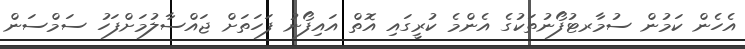
އެހެން ކަމުން ސުމާރޓުފޯނުތަކުގެ އެންމެ ކުރީގައި އޮތް އައިފޯނު ފަހަތަށް ޖައްސާލުމަށްފަހު ސަމްސަން